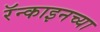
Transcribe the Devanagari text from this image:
रॅन्काइनच्या